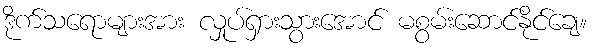
ဒိုက်သရောများအား လှုပ်ရှားသွားအောင် မစွမ်းဆောင်နိုင်ချေ။